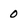
Character: 0